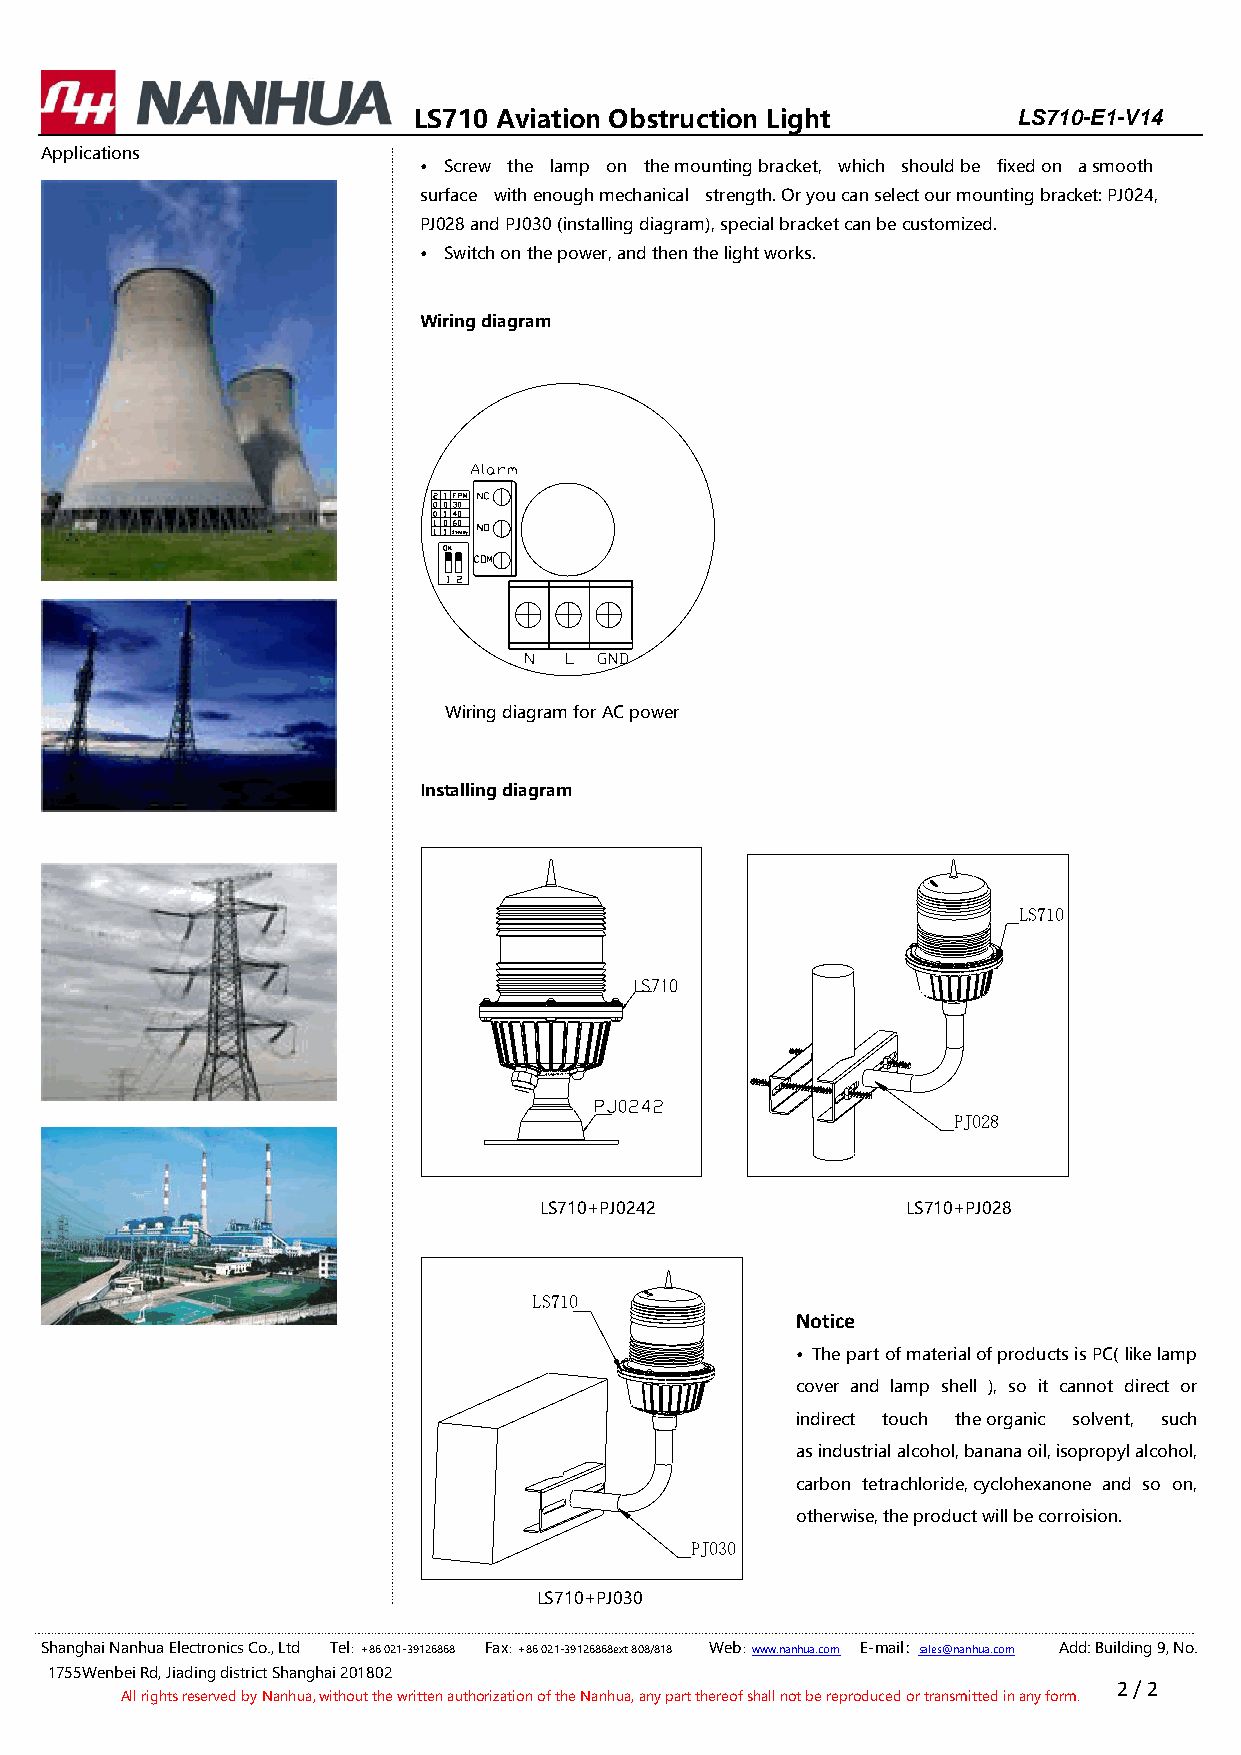
LS710 Aviation Obstruction Light        LS710-E1-V14
 Applications
 • Screw the lamp on the mounting bracket, which should be fixed on a smooth
 surface with enough mechanical strength. Or you can select our mounting bracket: PJ024,
 PJ028 and PJ030 (installing diagram), special bracket can be customized.
 • Switch on the power, and then the light works.
 Wiring diagram
 Wiring diagram for AC power
 Installing diagram
 LS710+PJ0242            LS710+PJ028
 LS710
 Notice
 • The part of material of products is PC( like lamp
 cover and lamp shell ), so it cannot direct or
 indirect touch the organic solvent, such
 as industrial alcohol, banana oil, isopropyl alcohol,
 carbon tetrachloride, cyclohexanone and so on,
 otherwise, the product will be corroision.
 PJ030
 LS710+PJ030
 Shanghai Nanhua Electronics Co., Ltd Tel：+86 021-39126868 Fax：+86 021-39126868ext 808/818 Web：www.nanhua.com E-mail：sales@nanhua.com Add: Building 9, No.
 1755Wenbei Rd, Jiading district Shanghai 201802
 2 / 2
 All rights reserved by Nanhua, without the written authorization of the Nanhua, any part thereof shall not be reproduced or transmitted in any form.
 P J 0 2 8
 L S 7 1 0